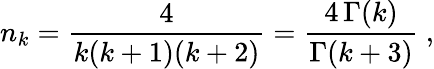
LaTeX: n_{k}=\frac{4}{k(k+1)(k+2)}=\frac{4\, \Gamma(k)}{\Gamma(k+3)}~,